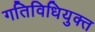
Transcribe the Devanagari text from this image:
गतिविधियुक्त